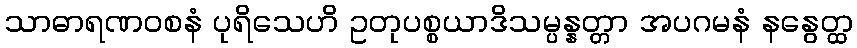
သာဓာရဏဝစနံ ပုရိသေဟိ ဥတုပစ္စယာဒိသမ္ပန္နတ္တာ အပဂမနံ နနွေတ္ထ